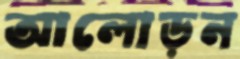
আলোড়ন